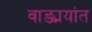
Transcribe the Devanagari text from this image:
वाङ्मयांत